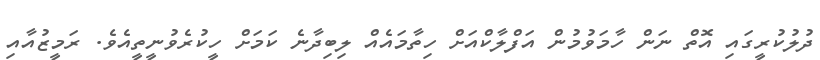
ދުލުކުރީގައި އޮތް ނަން ހާމަވުމުން އަފްލާކްއަށް ހިތާމައެއް ލިބިދާނެ ކަމަށް ހީކުރެވުނީތީއެވެ. ރަމީޒުއާއި